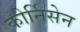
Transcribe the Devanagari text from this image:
कोर्निसेन